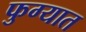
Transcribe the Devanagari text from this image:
फुग्यात